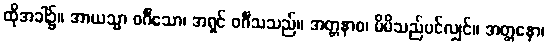
ထိုအခါ၌။ အာယသ္မာ ဝင်္ဂီသော၊ အရှင် ဝင်္ဂီသသည်။ အတ္တနာဝ၊ မိမိသည်ပင်လျှင်။ အတ္တနော၊